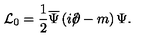
{ \cal L } _ { 0 } = \frac 1 2 \overline { \Psi } \left( i \rlap \slash \partial - m \right) \Psi .